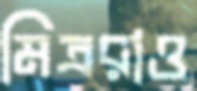
মিত্ররাও